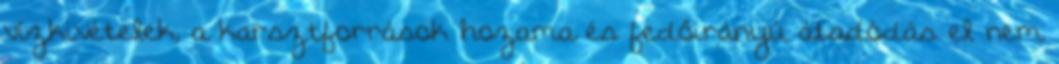
vízkivételek, a karsztforrások hozama és fedőirányú átadódás el nem